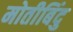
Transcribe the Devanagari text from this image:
मोतीबिंदु